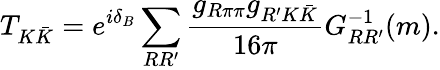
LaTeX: T_{K\bar{K}}=e^{i\delta_{B}}\sum_{RR^{\prime}}\frac{g_{R\pi\pi}g_{R^{\prime}K\bar{K}}}{16\pi}G_{RR^{\prime}}^{-1}(m).